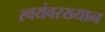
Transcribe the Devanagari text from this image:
स्वयंवरख्यान